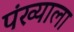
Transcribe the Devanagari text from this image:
पंख्याला